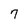
Character: 7